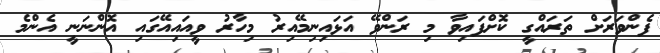
ފެންވަރަށް ތަރައްގީ ކޮށްފައިވާ މި ރަންވޭ އަޅައިނިމޭއިރު މިހާރު ވީއައިއޭގައި އޮންނަނީ އެންމެ